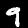
Label: 9